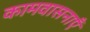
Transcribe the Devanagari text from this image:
कामवासनाएँ